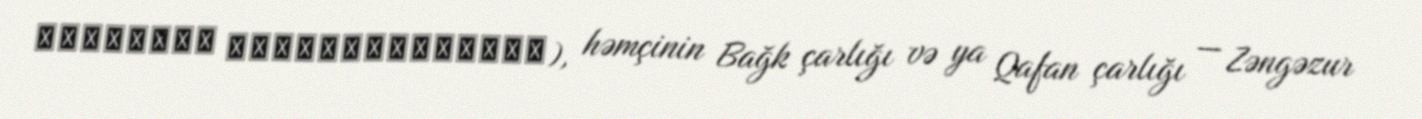
Սյունիքի թագավորություն), həmçinin Bağk çarlığı və ya Qafan çarlığı — Zəngəzur